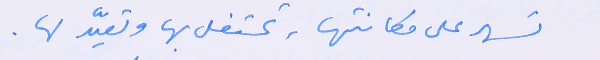
تسهر على مكانتها، تحتفل بها وتعيّد لها.